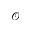
\mathcal { O }